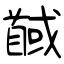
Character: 馘